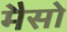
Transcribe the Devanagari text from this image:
मैसो